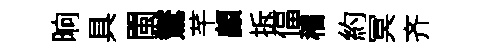
晌具閩鸑芊顧拆偪稽約冥齐